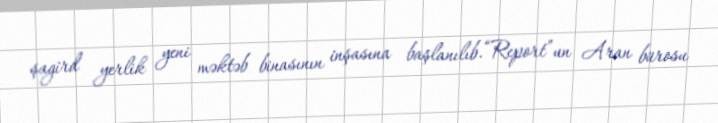
şagird yerlik yeni məktəb binasının inşasına başlanılıb.“Report”un Aran bürosu